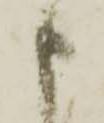
申